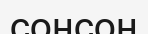
сонсоң